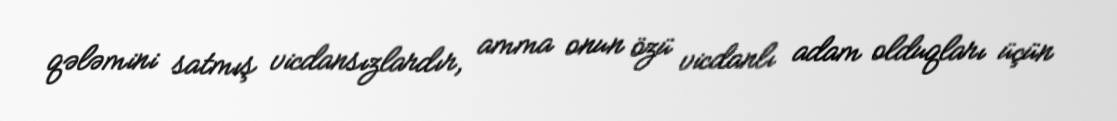
qələmini satmış vicdansızlardır, amma onun özü vicdanlı adam olduqları üçün